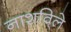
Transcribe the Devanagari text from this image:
नाशवि्ले